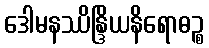
ဒေါမနဿိန္ဒြိယနိရောဓဉ္စ